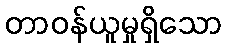
တာဝန်ယူမှုရှိသော